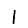
Digit: 1